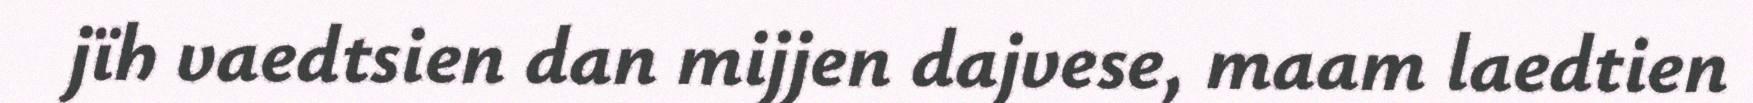
jïh vaedtsien dan mijjen dajvese, maam laedtien